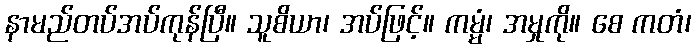
နာမည်တပ်အပ်ကုန်ပြီ။ သူစိယာ၊ အပ်ဖြင့်။ ကမ္မံ၊ အမှုကို။ စေ ကတံ၊